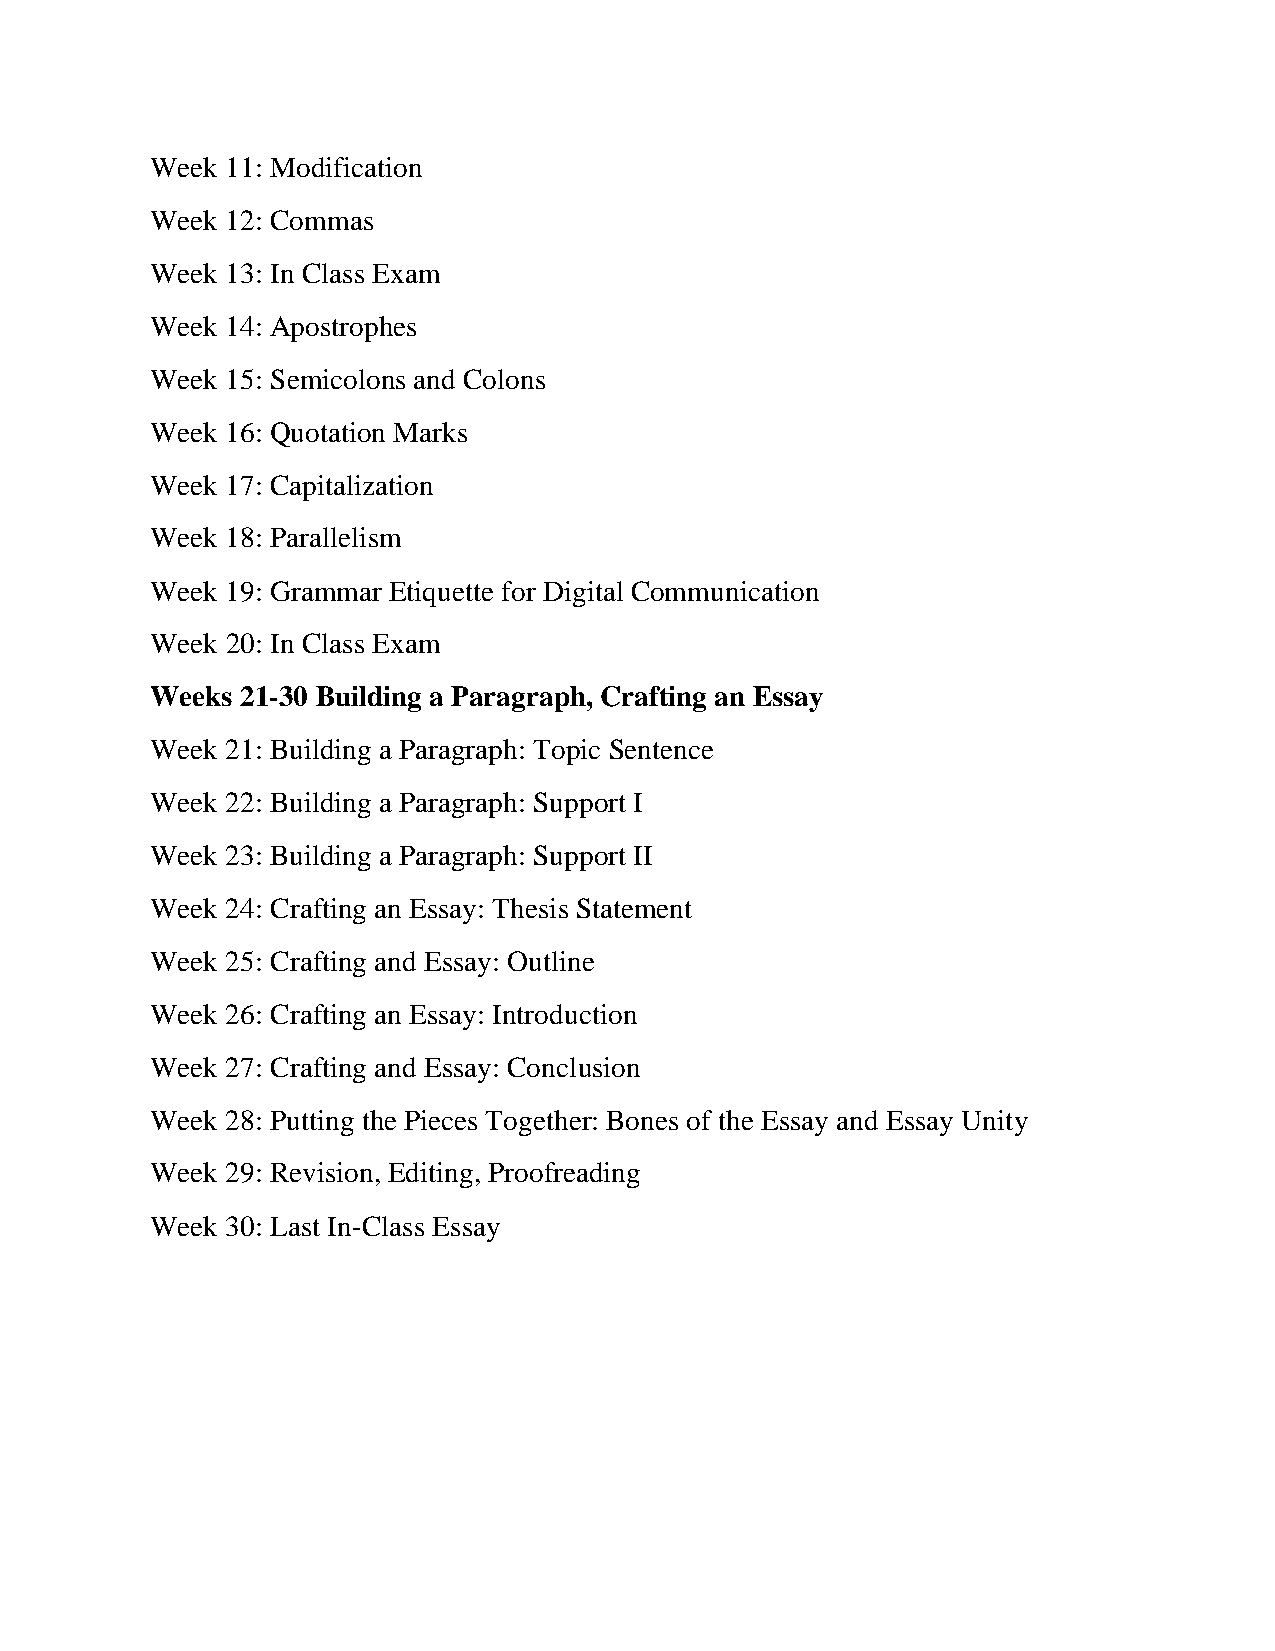
Week 11: Modification
 Week 12: Commas
 Week 13: In Class Exam
 Week 14: Apostrophes
 Week 15: Semicolons and Colons
 Week 16: Quotation Marks
 Week 17: Capitalization
 Week 18: Parallelism
 Week 19: Grammar Etiquette for Digital Communication
 Week 20: In Class Exam
 Weeks 21-30 Building a Paragraph, Crafting an Essay
 Week 21: Building a Paragraph: Topic Sentence
 Week 22: Building a Paragraph: Support I
 Week 23: Building a Paragraph: Support II
 Week 24: Crafting an Essay: Thesis Statement
 Week 25: Crafting and Essay: Outline
 Week 26: Crafting an Essay: Introduction
 Week 27: Crafting and Essay: Conclusion
 Week 28: Putting the Pieces Together: Bones of the Essay and Essay Unity
 Week 29: Revision, Editing, Proofreading
 Week 30: Last In-Class Essay